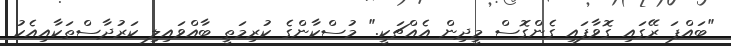
"ބައްޕަ ރޭގައި ގޮވާފައި ގެންގޮސް މީދިން އެއްޗަކީ." މުސްކާންގެ ކުރިމަތީ ބާއްވައިލި ކަރުދާސްތަކާއިއެކު